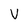
Character: V